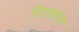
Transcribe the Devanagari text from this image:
वित्ताधाल